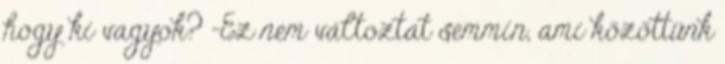
hogy ki vagyok? -Ez nem változtat semmin, ami közöttünk